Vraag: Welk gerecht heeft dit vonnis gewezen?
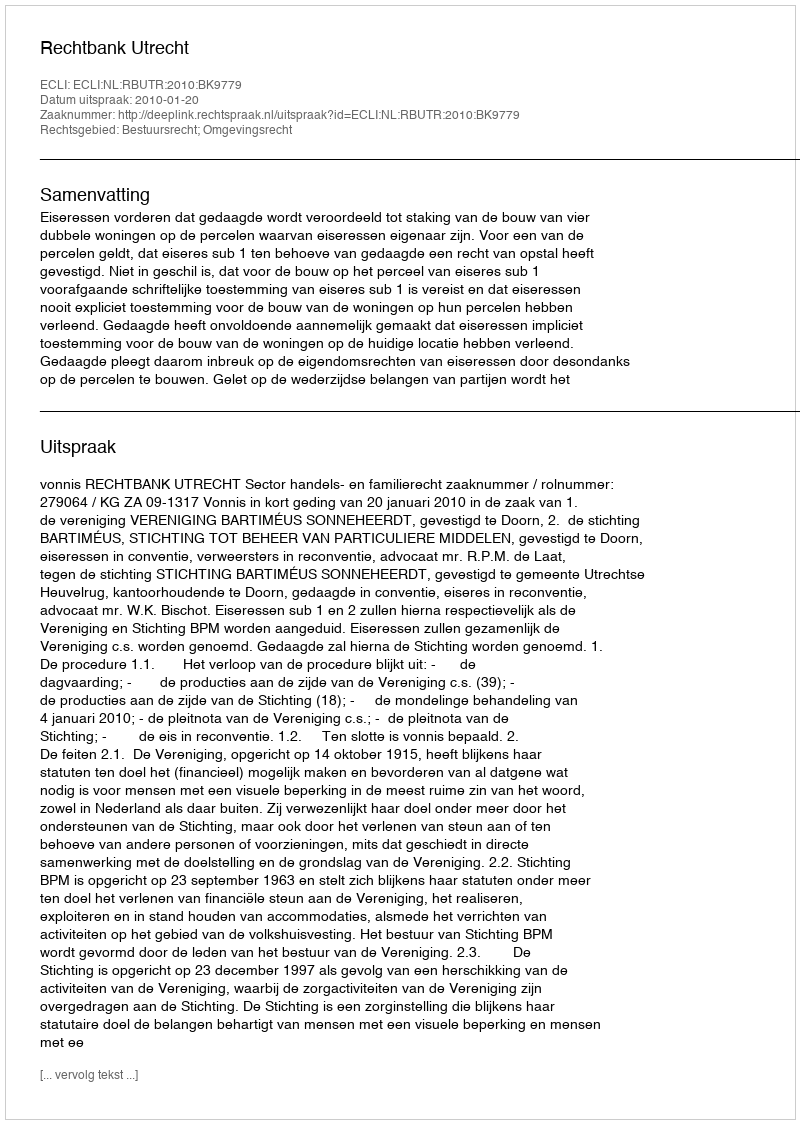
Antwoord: Rechtbank Utrecht